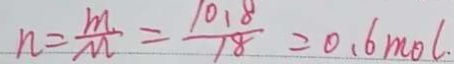
n = \frac { m } { M } = \frac { 1 0 . 8 } { 1 8 } = 0 . 6 m o l .